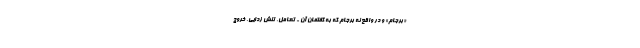
«برجام» و در واقع نه برجام که به گفتمان آن - تعامل، تنش زدایی، خروج